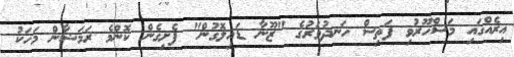
އިރެއްގައި މަޝްހޫރުވި ފަތިސް ހަނދުވަރުގެ "ޒޫނާ ޑައިލޮގުން" ފެށިގެން ކޮންމެ ރަމަޟާން މަހަކު